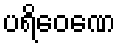
ပရိဝေဏေ